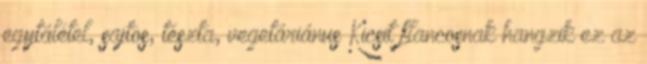
egytálétel, sajtos, tészta, vegetáriánus Kicsit flancosnak hangzik ez az